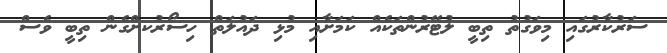
ސަރުކާރުގައި މިވަގުތު ތިބީ ލުޓޭރުންތަކެއް ކަމަށާއި މުޅި ދައުލަތް ހިސޯރުކށްގެން ތިބީ ވެސް